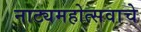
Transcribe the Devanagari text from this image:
नाट्यमहोत्सवाचे